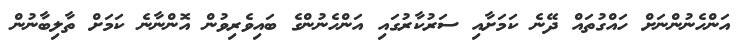
އަންހެނުންނަށް ހައްގުތައް ދޭނެ ކަމަށާއި ސަރުކާރުގައި އަންހެނުންގެ ބައިވެރިވުން އޮންނާނެ ކަމަށް ތާލިބާނުން